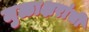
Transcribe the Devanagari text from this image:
मुळाक्षरांची